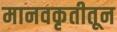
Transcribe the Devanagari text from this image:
मानवकृतीतून